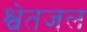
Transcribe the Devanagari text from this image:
श्वेतजल